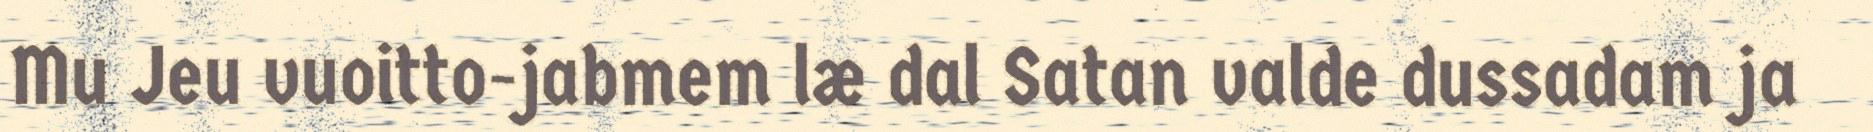
Mu Jeu vuoitto-jabmem læ dal Satan valde dussadam ja